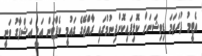
އެޓީމު ފުރަތަމަ ޑިވިޝަނަށް ކޮލިފައިކޮށްދިނުމުގައި ރާއްޖޭގެ ގައުމީ ކެޕްޓަން އަލީ އަޝްފާގު ވަނީ